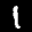
Label: 1